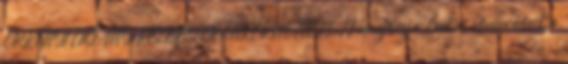
ÖRKÉNYI CIGÁNY KISEBBSÉGI ÖNKORMÁNYZAT meghívja Önt és ismerőseit a